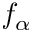
f _ { \alpha }